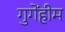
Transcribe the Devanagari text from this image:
गुगेंहीम